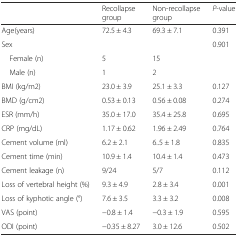
|  | Recollapse group | Non-recollapse group | P-value |
 | --- | --- | --- | --- |
 | Age(years) | 72.5 ± 4.3 | 69.3 ± 7.1 | 0.391 |
 | Sex |  |  | 0.901 |
 | Female (n) | 5 | 15 |  |
 | Male (n) | 1 | 2 |  |
 | BMI (kg/m2) | 23.0 ± 3.9 | 25.1 ± 3.3 | 0.127 |
 | BMD (g/cm2) | 0.53 ± 0.13 | 0.56 ± 0.08 | 0.274 |
 | ESR (mm/h) | 35.0 ± 17.0 | 35.4 ± 25.8 | 0.695 |
 | CRP (mg/dL) | 1.17 ± 0.62 | 1.96 ± 2.49 | 0.764 |
 | Cement volume (ml) | 6.2 ± 2.1 | 6..5 ± 1.8 | 0.835 |
 | Cement time (min) | 10.9 ± 1.4 | 10.4 ± 1.4 | 0.473 |
 | Cement leakage (n) | 9/24 | 5/7 | 0.112 |
 | Loss of vertebral height (%) | 9.3 ± 4.9 | 2.8 ± 3.4 | 0.001 |
 | Loss of kyphotic angle (°) | 7.6 ± 3.5 | 3.3 ± 3.2 | 0.008 |
 | VAS (point) | −0.8 ± 1.4 | −0.3 ± 1.9 | 0.595 |
 | ODI (point) | −0.35 ± 8.27 | 3.0 ± 12.6 | 0.502 |